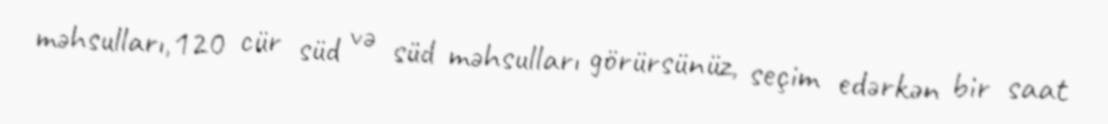
məhsulları,120 cür süd və süd məhsulları görürsünüz, seçim edərkən bir saat